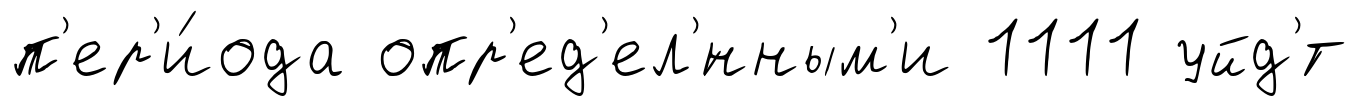
п'ер'и́ода опр'ед'ел'́нным'и 1111 уйд'́т